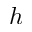
h